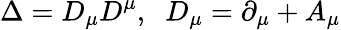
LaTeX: \Delta=D_{\mu}D^{\mu},\; \; D_{\mu}=\partial_{\mu}+A_{\mu}